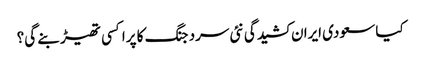
کیا سعودی ایران کشیدگی نئی سرد جنگ کا پراکسی تھیڑ بنے گی؟